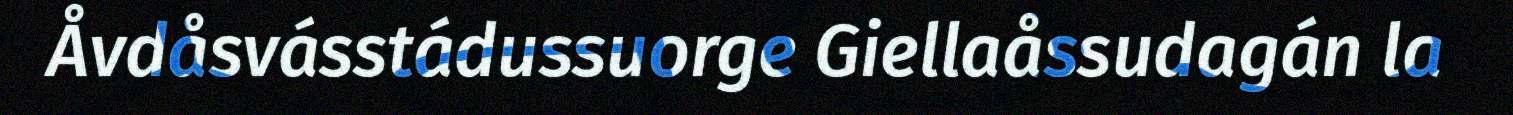
Åvdåsvásstádussuorge Giellaåssudagán la